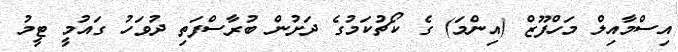
އިސްމާއިލް މަހްފޫޒް (އިންމަ) ގެ ކޯޗުކަމުގެ ދަށުން ބުރާސްފަތި ދުވަހު ގައުމީ ޓީމު